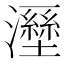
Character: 𤃁